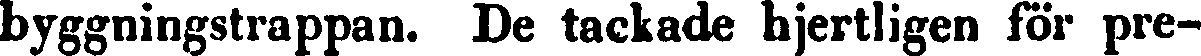
byggningstrappan. De tackade hjertligen för pre-